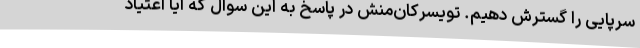
سرپایی را گسترش دهیم. تویسرکان‌منش در پاسخ به این سوال که آیا اعتیاد